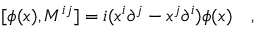
[ \phi ( x ) , M ^ { i j } ] = i ( x ^ { i } { \partial } ^ { j } - x ^ { j } { \partial } ^ { i } ) \phi ( x ) \quad ,